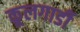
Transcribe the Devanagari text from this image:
कूलगार्डी